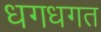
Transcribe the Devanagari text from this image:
धगधगत